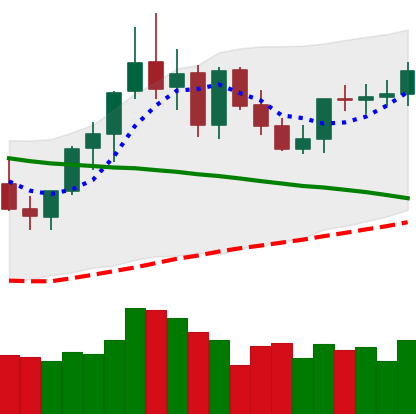
Ticker: XMR-USD
Chart end date: 2021-09-05
Forward return: -21.038%
Label: down_7plus